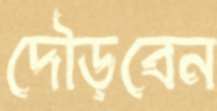
দৌড়বেন